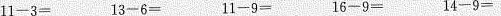
$$11-3= $$$$13-6= $$$$11-9=$$$$16-9=$$$$14-9=$$